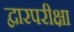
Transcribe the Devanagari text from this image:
द्वारपरीक्षा